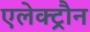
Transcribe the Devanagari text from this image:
एलेक्ट्रौन